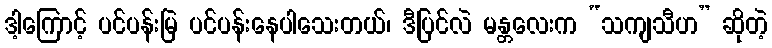
ဒါ့ကြောင့် ပင်ပန်းမြဲ ပင်ပန်းနေပါသေးတယ်၊ ဒီပြင်လဲ မန္တလေးက “သကျသီဟ” ဆိုတဲ့